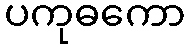
ပကုဓကော